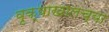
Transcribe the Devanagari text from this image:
वृक्षाखालच्या